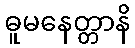
ဓူမနေတ္တာနိ